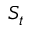
S _ { t }